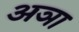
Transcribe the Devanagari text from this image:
अञा